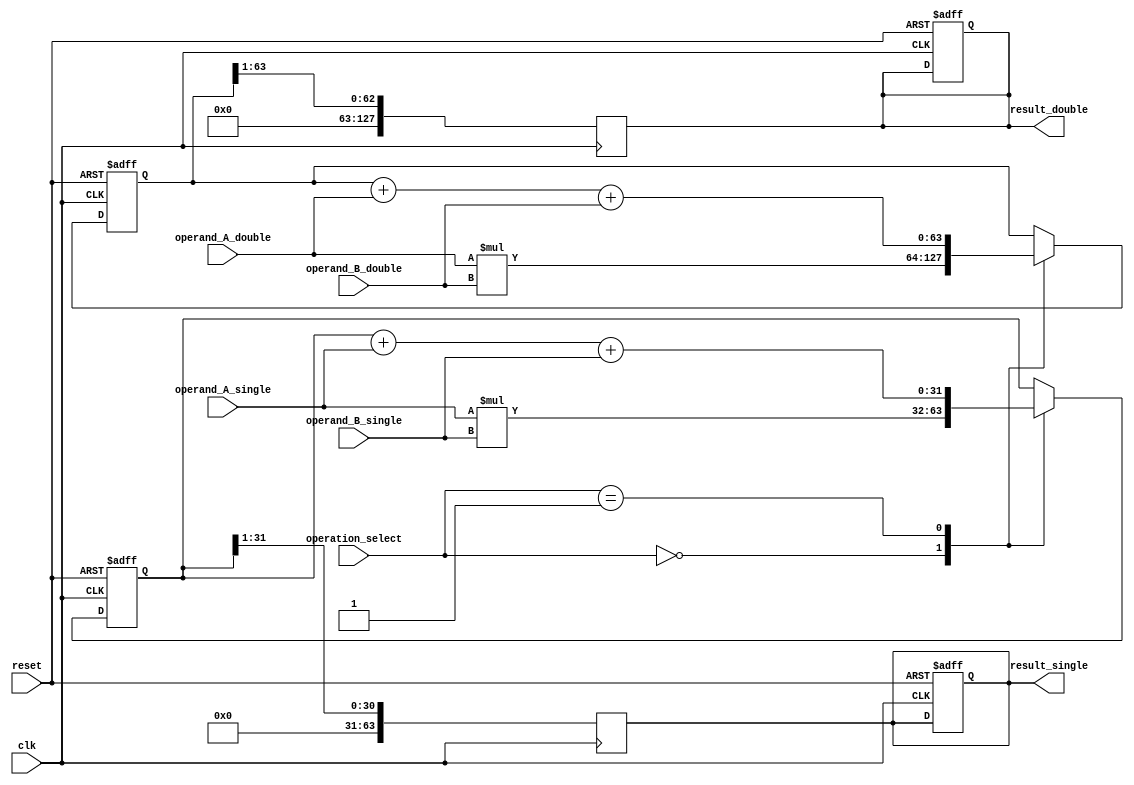
module FusedMultiplyAdd(
    input wire [31:0] operand_A_single,
    input wire [31:0] operand_B_single,
    input wire [31:0] operand_A_double,
    input wire [31:0] operand_B_double,
    input wire [1:0] operation_select, // 0: multiply, 1: add
    input wire clk,
    input wire reset,
    output reg [63:0] result_single,
    output reg [127:0] result_double
);

reg [31:0] intermediate_result_single;
reg [63:0] intermediate_result_double;

always @ (posedge clk or posedge reset)
begin
    if (reset)
    begin
        result_single <= 0;
        result_double <= 0;
        intermediate_result_single <= 0;
        intermediate_result_double <= 0;
    end
    else
    begin
        case(operation_select)
            2'b00: // Multiply
                begin
                    intermediate_result_single <= operand_A_single * operand_B_single;
                    intermediate_result_double <= operand_A_double * operand_B_double;
                end
            2'b01: // Add
                begin
                    intermediate_result_single <= intermediate_result_single + operand_A_single + operand_B_single;
                    intermediate_result_double <= intermediate_result_double + operand_A_double + operand_B_double;
                end
        endcase
    end
end

always @ (posedge clk)
begin
    result_single <= intermediate_result_single >> 1; // Shift based on exponent for single precision
    result_double <= intermediate_result_double >> 1; // Shift based on exponent for double precision
end

endmodule